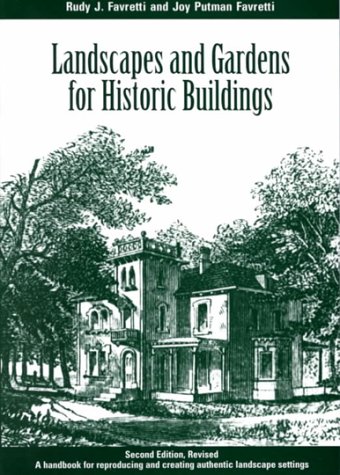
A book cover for Landscapes and Gardens for Historic Buildings: A Handbook for Reproducing and Creating Authentic Landscape Settings (American Association for State and Local History); Rudy Favretti; Arts & Photography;